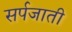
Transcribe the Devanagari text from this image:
सर्पजाती